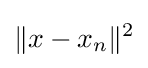
\|x-x_{n}\|^{2}